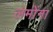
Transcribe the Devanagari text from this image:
लमोंना